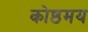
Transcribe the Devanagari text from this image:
कोष्ठमय